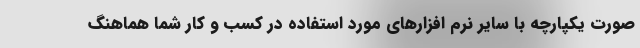
صورت یکپارچه با سایر نرم افزارهای مورد استفاده در کسب و کار شما هماهنگ